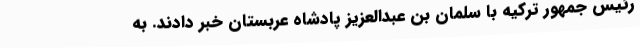
رئیس جمهور ترکیه با سلمان بن عبدالعزیز پادشاه عربستان خبر دادند. به